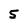
Character: 5